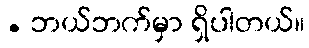
. ဘယ်ဘက်မှာ ရှိပါတယ်။